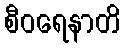
စီဝရေနာတိ